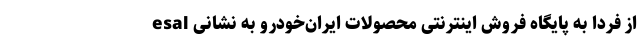
از فردا به پایگاه فروش اینترنتی محصولات ایران‌خودرو به نشانی esal